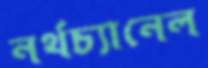
নর্থচ্যানেল